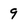
Character: 9